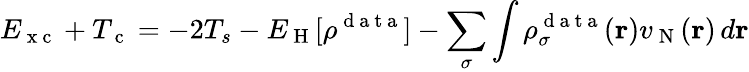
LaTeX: E_{\mathrm{~x~c~}}+T_{\mathrm{~c~}}=-2T_{s}-E_{\mathrm{~H~}}[\rho^{\mathrm{~d~a~t~a~}}]-\sum_{\sigma}\int\rho_{\sigma}^{\mathrm{~d~a~t~a~}}(\boldsymbol{\textbf{r}})v_{\mathrm{~N~}}(\boldsymbol{\textbf{r}})\, d\boldsymbol{\textbf{r}}